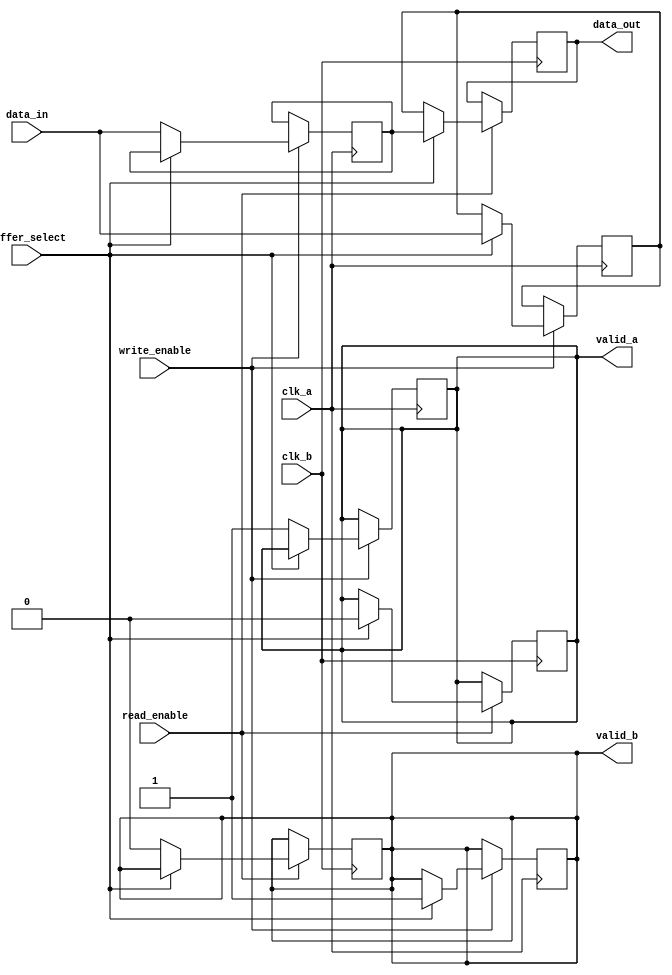
module double_buffer_register #(
    parameter DATA_WIDTH = 32 // Parameter for data width
)(
    input wire clk_a,                // Clock for Buffer A
    input wire clk_b,                // Clock for Buffer B
    input wire write_enable,          // Write enable signal
    input wire read_enable,           // Read enable signal
    input wire buffer_select,         // Selects which buffer to write to (0 for Buffer A, 1 for Buffer B)
    input wire [DATA_WIDTH-1:0] data_in, // Data input
    output reg [DATA_WIDTH-1:0] data_out, // Data output
    output reg valid_a,              // Valid signal for Buffer A
    output reg valid_b               // Valid signal for Buffer B
);

    // Buffer registers
    reg [DATA_WIDTH-1:0] buffer_a;
    reg [DATA_WIDTH-1:0] buffer_b;

    // Write operation
    always @(posedge clk_a) begin
        if (write_enable) begin
            if (buffer_select == 1'b0) begin
                buffer_a <= data_in; // Write to Buffer A
                valid_a <= 1'b1;     // Mark Buffer A as valid
            end else begin
                buffer_b <= data_in; // Write to Buffer B
                valid_b <= 1'b1;     // Mark Buffer B as valid
            end
        end
    end

    // Read operation
    always @(posedge clk_b) begin
        if (read_enable) begin
            if (buffer_select == 1'b0) begin
                data_out <= buffer_b; // Read from Buffer B
                valid_b <= 1'b0;      // Mark Buffer B as invalid after read
            end else begin
                data_out <= buffer_a; // Read from Buffer A
                valid_a <= 1'b0;      // Mark Buffer A as invalid after read
            end
        end
    end

endmodule